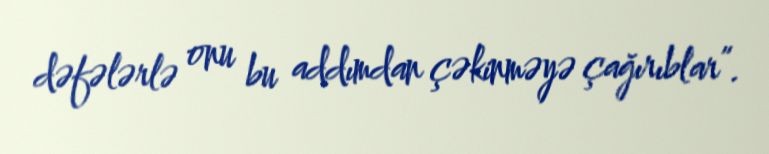
dəfələrlə onu bu addımdan çəkinməyə çağırıblar”.